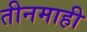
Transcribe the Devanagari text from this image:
तीनमाही